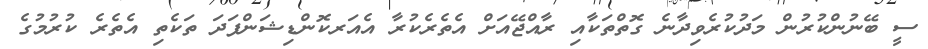
ސީ ބޭނުންކުރުން މަދުކުރެވިދާނެ ގޮތްތަކާއި ރާއްޖޭއަށް އެތެރެކުރާ އެއަރކޮންޑިޝަންފަދަ ތަކެތި އެތެރެ ކުރުމުގެ